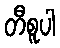
တီစူပါ